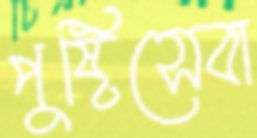
পুষ্টিসেবা